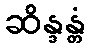
ဆိန္ဒန္တံ